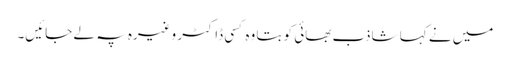
میں نے کہا شاذب بھائی کو بتا وہ کسی ڈاکٹر وغیرہ پہ لے جائیں۔